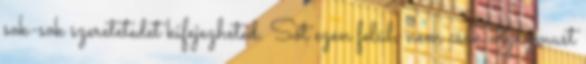
sok-sok szeretetedet kifejezheted. Sőt ezen felül, nem csak orgazmust